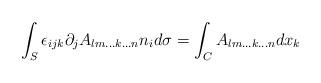
LaTeX: \begin{align*}\int_{S}\epsilon_{ijk}\partial_{j}A_{lm\ldots k\ldots n}n_{i}d\sigma=\int_{C}A_{lm\ldots k\ldots n}dx_{k}\end{align*}